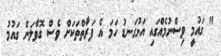
" ގައުމީ ވިސްނުމެއްގައި އަޅުގަނޑު ހަމަ އެ ފަރާތްތަކަށް ވެސް ގޮވާލަން ގައުމު